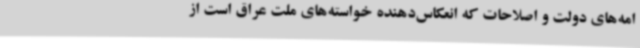
امه‌های دولت و اصلاحات که انعکاس‌دهنده خواسته‌های ملت عراق است از